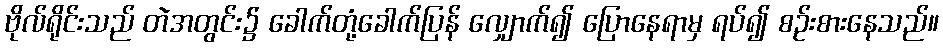
ဗိုလ်ရိုင်းသည် တဲအတွင်း၌ ခေါက်တုံ့ခေါက်ပြန် လျှောက်၍ ပြောနေရာမှ ရပ်၍ စဉ်းစားနေသည်။